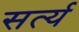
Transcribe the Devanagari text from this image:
सर्त्य